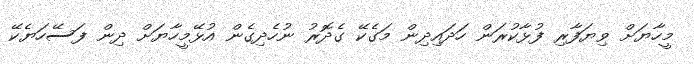
މީހާޔަށް ވިޔަފާރި ފުޅާކުރަން ހަދައިދިން މަގެކޭ ގެދޮރު ނުހެދިގެން އުޅޭމީހާޔަށް ދިން ފަސޭހަޔެކޭ